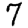
Digit: 7